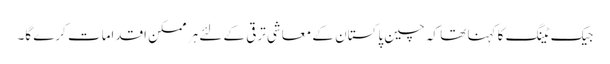
جیک ٹینگ کا کہنا تھا کہ چین پاکستان کے معاشی ترقی کے لئے ہر ممکن اقدامات کرے گا۔